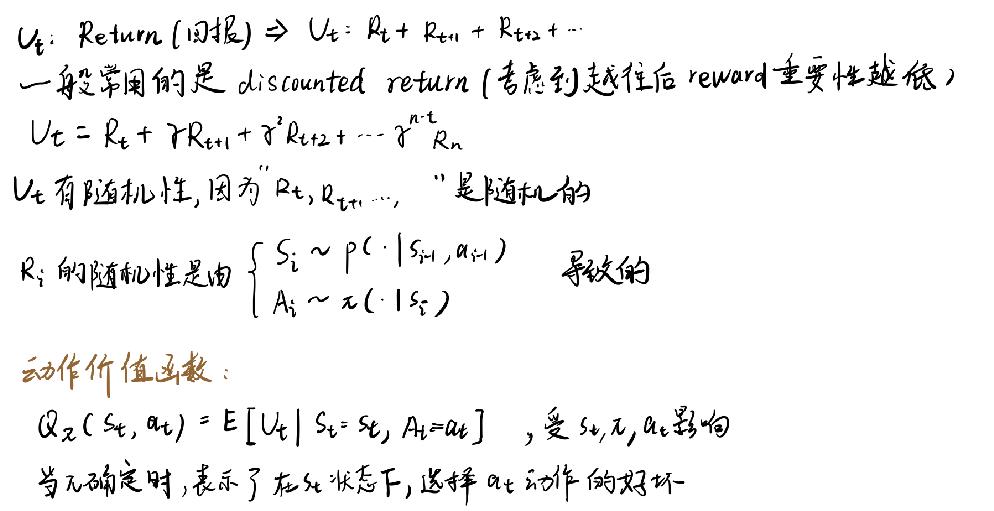
$u_{t}:Return(  回报) \Rightarrow u_{t}=R_{t}+R_{t+1}+\cdots$

一般常用的是 discounted return（考虑到越往后 reward 重要性越低），
\[
u_{t}=R_{t}+\gamma R_{t+1}+\gamma^{2} R_{t+2}+\cdots+\gamma^{n} R_{n}
\]
$u_{t}$有随机性，因为$R_{t}, R_{t+1}, \cdots$是随机的。
$R_{t}$的随机性是由\(\left\{S_{i} \sim p\left(C \cdot S_{i}, A_{i}\right)\right.\)
\[
\left.A_{i} \sim \pi\left(C \cdot S_{i}\right)\right\}
\]
导致的。

动作价值函数：
\(Q_{\pi}\left(S_{t}, A_{t}\right)=E\left[u_{t} | S_{t}=s_{t}, A_{t}=a_{t}\right]\)，受 \(s_{t}, \pi, a_{t}\)影响。

当 \(s_{t}\)确定时，表示了在 \(s_{t}\)状态下，选择 \(a_{t}\)动作的好坏。